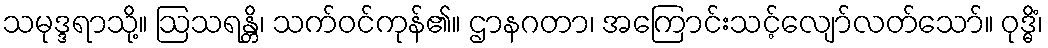
သမုဒ္ဒရာသို့။ ဩသရန္တိ၊ သက်ဝင်ကုန်၏။ ဌာနဂတာ၊ အကြောင်းသင့်လျော်လတ်သော်။ ဝုဒ္ဓိံ၊